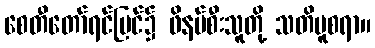
စေတီတော်ရင်ပြင်၌ ဖိနပ်စီးသူတို့ သတိမူစရာ။